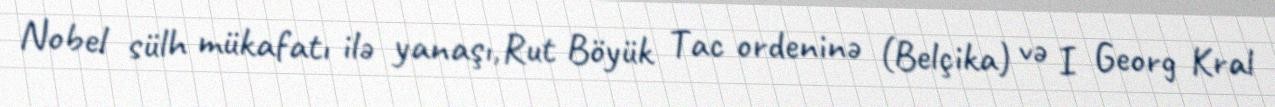
Nobel sülh mükafatı ilə yanaşı,Rut Böyük Tac ordeninə (Belçika) və I Georg Kral